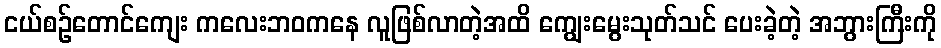
ငယ်စဉ်တောင်ကျေး ကလေးဘဝကနေ လူဖြစ်လာတဲ့အထိ ကျွေးမွေးသုတ်သင် ပေးခဲ့တဲ့ အဘွားကြီးကို